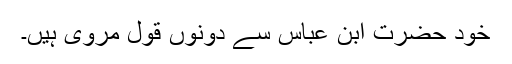
خود حضرت ابن عباس سے دونوں قول مروی ہیں۔